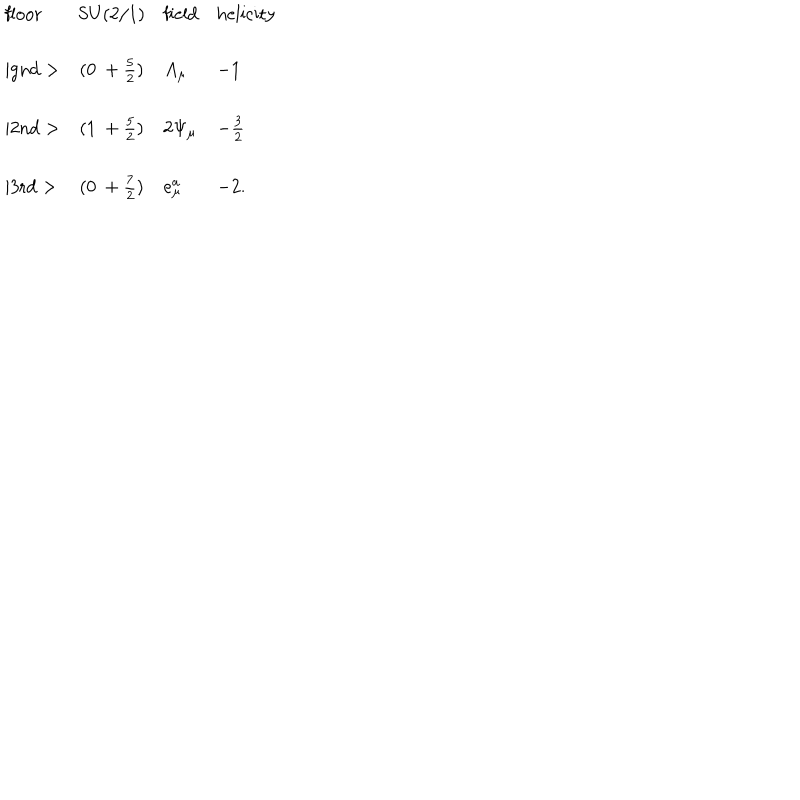
\begin{array} { l c l l } { { \mathrm { f l o o r } } } & { { \mathrm { S U ( 2 / 1 ) } } } & { { \mathrm { f i e l d } } } & { { \mathrm { h e l i c i t y } } } \\ { { \mid \mathrm { g n d } > } } & { { ( 0 ~ + \frac { 5 } { 2 } ) } } & { { A _ { \mu } } } & { { - 1 } } \\ { { \mid \mathrm { 2 n d } > } } & { { ( 1 ~ + \frac { 5 } { 2 } ) } } & { { 2 \Psi _ { \mu } } } & { { - \frac { 3 } { 2 } } } \\ { { \mid \mathrm { 3 r d } > } } & { { ( 0 ~ + \frac { 7 } { 2 } ) } } & { { e _ { \mu } ^ { a } } } & { { - 2 . } } \\ \end{array}